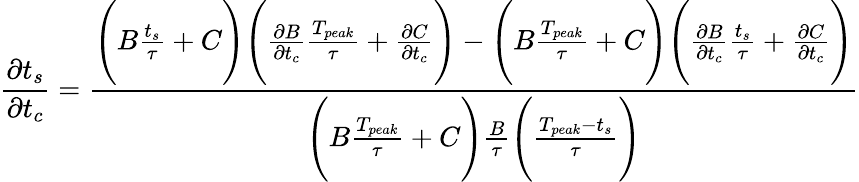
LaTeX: \frac{\partial t_{s}}{\partial t_{c}}=\frac{\Bigg(B\frac{t_{s}}{\tau}+C\Bigg)\Bigg(\frac{\partial B}{\partial t_{c}}\frac{T_{peak}}{\tau}+\frac{\partial C}{\partial t_{c}}\Bigg)-\Bigg(B\frac{T_{peak}}{\tau}+C\Bigg)\Bigg(\frac{\partial B}{\partial t_{c}}\frac{t_{s}}{\tau}+\frac{\partial C}{\partial t_{c}}\Bigg)}{\Bigg(B\frac{T_{peak}}{\tau}+C\Bigg)\frac{B}{\tau}\Bigg(\frac{T_{peak}-t_{s}}{\tau}\Bigg)}